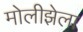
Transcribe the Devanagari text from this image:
मोलीझेला